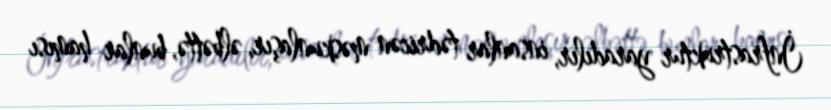
İnfrastruktur yaradılır, insanlar tədricən məskunlaşır, əlbəttə, bunlar hamısı